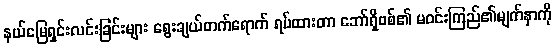
နယ်မြေရှင်းလင်းခြင်းများ ရွေးချယ်တက်ရောက် ရပ်ထားတာ ဘော်ရှီဗစ်၏ မဝင်းကြည်၏မျက်နှာကို